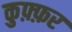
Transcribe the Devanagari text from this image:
कुफ़्फ़र